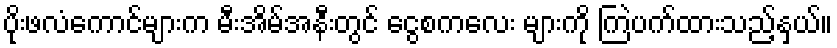
ပိုးဖလံကောင်များက မီးအိမ်အနီးတွင် ငွေစကလေး များကို ကြဲပက်ထားသည့်နှယ်။